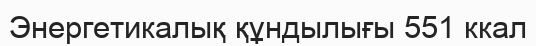
Энергетикалық құндылығы 551 ккал